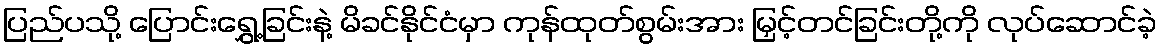
ပြည်ပသို့ ပြောင်းရွှေ့ခြင်းနဲ့ မိခင်နိုင်ငံမှာ ကုန်ထုတ်စွမ်းအား မြှင့်တင်ခြင်းတို့ကို လုပ်ဆောင်ခဲ့